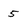
Character: 5